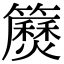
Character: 𥷅